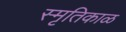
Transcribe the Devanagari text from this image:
स्मृतिकाळ